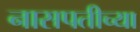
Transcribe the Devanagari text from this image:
नासपतीच्या